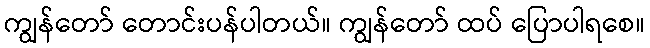
ကျွန်တော် တောင်းပန်ပါတယ်။ ကျွန်တော် ထပ် ပြောပါရစေ။